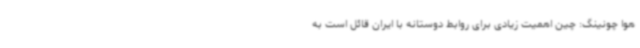
هوا چونینگ: چین اهمیت زیادی برای روابط دوستانه با ایران قائل است به‌